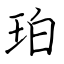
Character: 珀